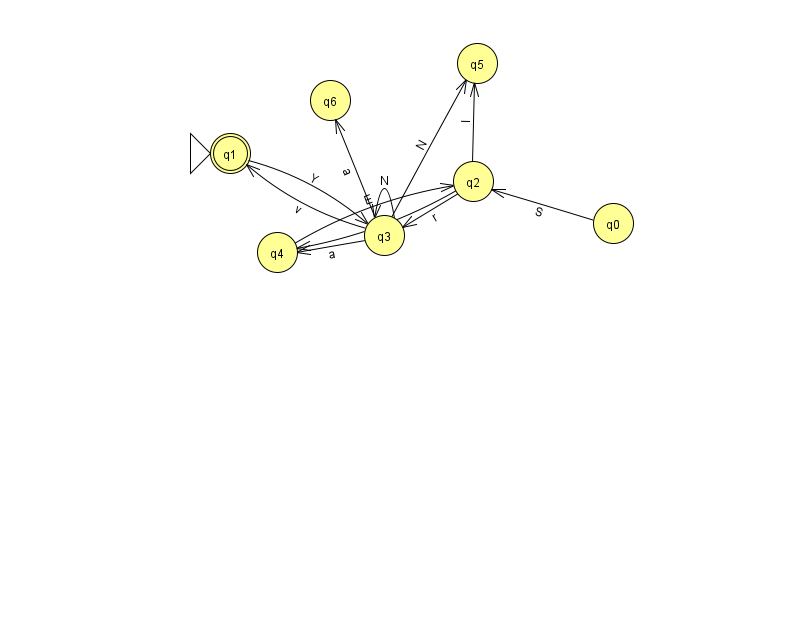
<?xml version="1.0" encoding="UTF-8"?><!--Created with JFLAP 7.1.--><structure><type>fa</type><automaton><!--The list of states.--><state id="0" name="q0"><x>613.0</x><y>210.0</y></state><state id="1" name="q1"><x>230.0</x><y>140.0</y><initial/><final/></state><state id="2" name="q2"><x>473.0</x><y>168.0</y></state><state id="3" name="q3"><x>384.0</x><y>222.0</y></state><state id="4" name="q4"><x>277.0</x><y>239.0</y></state><state id="5" name="q5"><x>477.0</x><y>50.0</y></state><state id="6" name="q6"><x>330.0</x><y>87.0</y></state><!--The list of transitions.--><transition><from>4</from><to>2</to><read>E</read></transition><transition><from>1</from><to>3</to><read>Y</read></transition><transition><from>3</from><to>6</to><read>a</read></transition><transition><from>3</from><to>5</to><read>N</read></transition><transition><from>0</from><to>2</to><read>S</read></transition><transition><from>3</from><to>4</to><read>a</read></transition><transition><from>2</from><to>4</to><read>i</read></transition><transition><from>2</from><to>5</to><read>I</read></transition><transition><from>2</from><to>3</to><read>r</read></transition><transition><from>3</from><to>1</to><read>v</read></transition><transition><from>3</from><to>3</to><read>N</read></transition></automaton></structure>